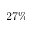
2 7 \%